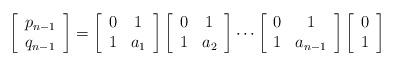
LaTeX: \begin{align*}\left[\begin{array}{c}p_{n-1}\\ q_{n-1}\end{array}\right]&=\left[\begin{array}{cc}0 & 1\\ 1 & a_1\end{array}\right]\left[\begin{array}{cc}0 & 1\\ 1 & a_2\end{array}\right]\cdots\left[\begin{array}{cc}0 & 1\\ 1 & a_{n-1}\end{array}\right]\left[\begin{array}{c}0\\ 1\end{array}\right]\end{align*}